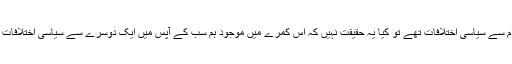
صدام سے سیاسی اختلافات تھے تو کیا یہ حقیقت نہیں کہ اس کمرے میں موجود ہم سب کے آپس میں ایک دوسرے سے سیاسی اختلافات ہیں؟